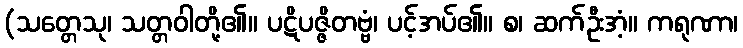
(သတ္တေသု၊ သတ္တဝါတို့၏။ ပဋိပဇ္ဇိတဗ္ဗံ၊ ပင့်အပ်၏။ စ၊ ဆက်ဦးအံ့။ ကရုဏာ၊